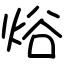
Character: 焀